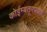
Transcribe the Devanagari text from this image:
कोईम्बतूरपर्यंत